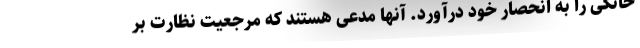
خانگی را به انحصار خود درآورد. آنها مدعی هستند که مرجعیت نظارت بر